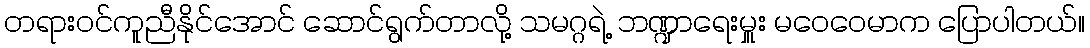
တရားဝင်ကူညီနိုင်အောင် ဆောင်ရွက်တာလို့ သမဂ္ဂရဲ့ ဘဏ္ဍာရေးမှူး မဝေဝေမာက ပြောပါတယ်။